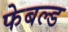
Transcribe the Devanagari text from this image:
फेबल्ड